Insane asylums in Bengal annual reports 1867-1875 - 1867-1875
Year: 1867
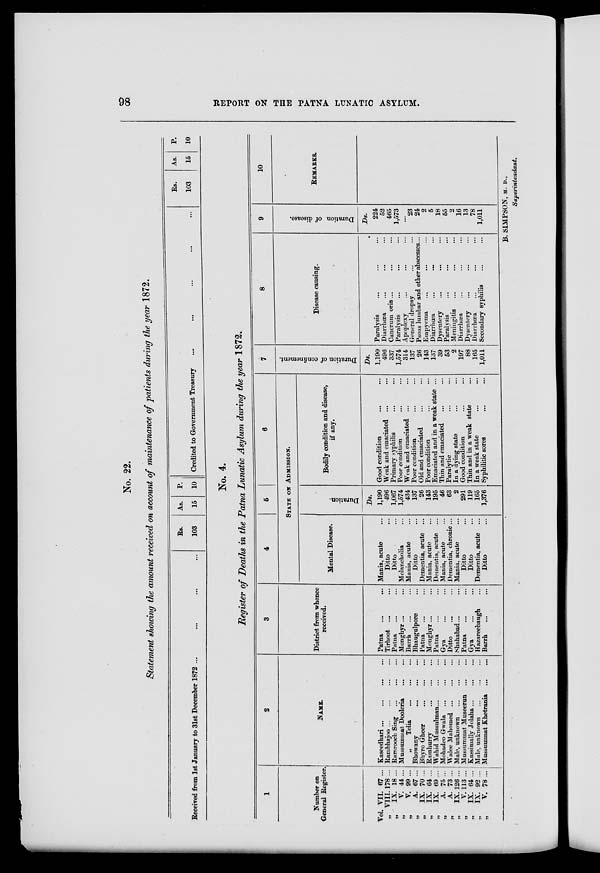
98
REPORT ON THE PATNA LUNATIC ASYLUM.
No. 22.
Statement showing the amount received on account of maintenance of patients during the year 1872.
Received from 1st January to 31st December 1872 ... ... ... ...
Rs.
103
As.
15
P.
10 Credited to Government Treasury ... ... ... ...
Rs.
103
As.
15
P.
10
No. 4.
Register of Deaths in the Patna Lunatic Asylum during the year 1872.
1
Number on
General Register.
Vol. VII. 67 ...
„ VIII. 178 ...
„
IX. 18 ...
„
V. 44 ...
„
V. 99 ...
„
A. 67 ...
„
IX. 70 ...
„
IX. 64 ...
„
IX. 69 ...
„
A. 75 ...
„
A. 73 ...
„
IX. 126 ...
„
V. 113 ...
„
IX. 64 ...
„
IX. 92 ...
„
V. 78 ...
2
NAME.
Kaseedhari
...
...
...
...
Rambhajoo
...
...
...
...
Ramrooch Sing ... ... ...
Mussummat Dooleria
...
...
„
Telia
...
...
...
Bhowany
...
...
...
Bhyro Gheer
...
...
...
Ramhurry
...
...
...
Wahid Mussulman... ... ...
Mohadeo Gwala
...
...
...
Walee Mahomed ... ... ...
Male, unknown ... ... ...
Mussummat Museerun ... ...
Kagsimally Jolaha
...
...
...
Male, unknown ... ... ...
Mussummat Khetrania
...
...
3
District from whence
received.
Patna ... ...
Tirhoot ... ...
Patna ... ...
Monghyr... ...
Barrh ... ...
Bhaugulpore ...
Patna ... ...
Monghyr... ...
Patna ... ...
Gya
...
...
Ditto ... ...
Shahabad... ...
Patna ... ...
Gya
...
...
Hazareebaugh ...
Barrh ... ...
4
5
6
STATE ON ADMISSION.
Mental Disease.
Mania, acute ...
Ditto ...
Ditto ...
Melancholia ...
Mania, acute ...
Ditto ...
Dementia, acute ...
Mania, acute ...
Dementia, acute ...
Mania, acute ...
Dementia, chronic. ...
Mania, acute ...
Ditto ...
Ditto ...
Dementia, acute ...
Ditto ...
Duration.
Ds.
1,190
496
1,067
1,574
434
137
26
143
195
46
63
2
291
119
165
1,376
Bodily condition and disease,
if any.
Good condition ... ...
Weak and emaciated ... ...
Primary syphilis ... ...
Poor condition ... ...
Weak and emaciated ... ...
Poor condition ... ...
Old and emaciated ... ...
Poor condition ... ...
Emaciated and in a weak state ...
Thin and emaciated ... ...
Paralytic
...
...
In a dying state ... ...
Good condition ... ...
Thin and in a weak state ...
In a weak state ... ...
Syphilitic sores ... ...
7
Duration of confinement.
Ds.
1,190
496
337
1,574
314
137
26
143
137
39
53
2
197
88
165
1,011
8
Disease causing.
Paralysis ... ... ...
Diarrhœa ... ... ...
Cancrum oris ... ... ...
Paralysis
...
...
...
Apoplexy ... ... ...
General dropsy ... ...
Psoas lumbar and other abscesses...
Empyema ... ... ...
Diarrhœa ... ... ...
Dysentery ... ... ...
Paralysis ... ... ...
Meningitis ... ... ...
Diarrhœa ... ... ...
Dysentery ... ... ...
Diarrhœa ... ... ...
Secondary syphilis ... ...
9
Duration of disease.
Ds.
224
52
465
1,573
...
23
24
2
5
18
55
2
16
13
78
1,011
10
REMARKS.
B. SIMPSON, M. D.,
Superintendant.